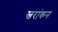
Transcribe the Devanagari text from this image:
स्वरांकन